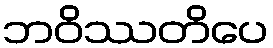
ဘဝိဿတိပေ